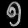
Digit: ၅